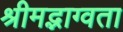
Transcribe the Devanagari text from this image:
श्रीमद्भाग्वता